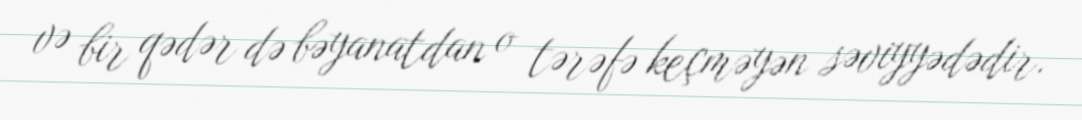
və bir qədər də bəyanatdan o tərəfə keçməyən səviyyədədir.